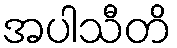
အပါသီတိ